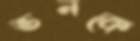
ভনকে